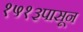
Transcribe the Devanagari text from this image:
१५१३पासून